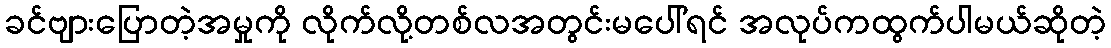
ခင်ဗျားပြောတဲ့အမှုကို လိုက်လို့တစ်လအတွင်းမပေါ်ရင် အလုပ်ကထွက်ပါမယ်ဆိုတဲ့